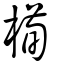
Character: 槆